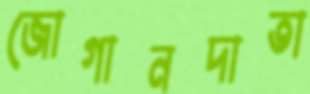
জোগানদাতা